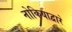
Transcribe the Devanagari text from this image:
नोकियाद्वारे